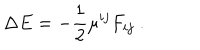
LaTeX: \Delta E = - { \frac { 1 } { 2 } } \mu ^ { i j } F _ { i j } \ .